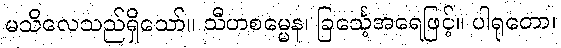
မသိလေသည်ရှိသော်။ သီဟစမ္မေန၊ ခြင်္သေ့အရေဖြင့်။ ပါရုတော၊